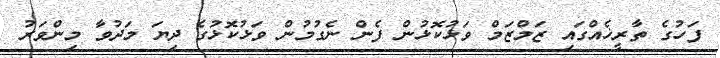
ފަހުގެ ތާރީޚެއްގައި ޒަމްޒަމް ވަޅުކޮޅުން ފެން ނެގުމުން ވަޅުކޮޅުގެ ދިޔަ މަދުވާ މިންވަރު